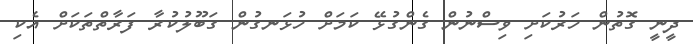
ދީނީ ގޮތުން ހަރުކަށި ވިސްނުން ގެންގުޅޭ ކަމަށް ހުޅަނގުން ގަބޫލުކުރާ ފަރާތްތަކަށް އެކި